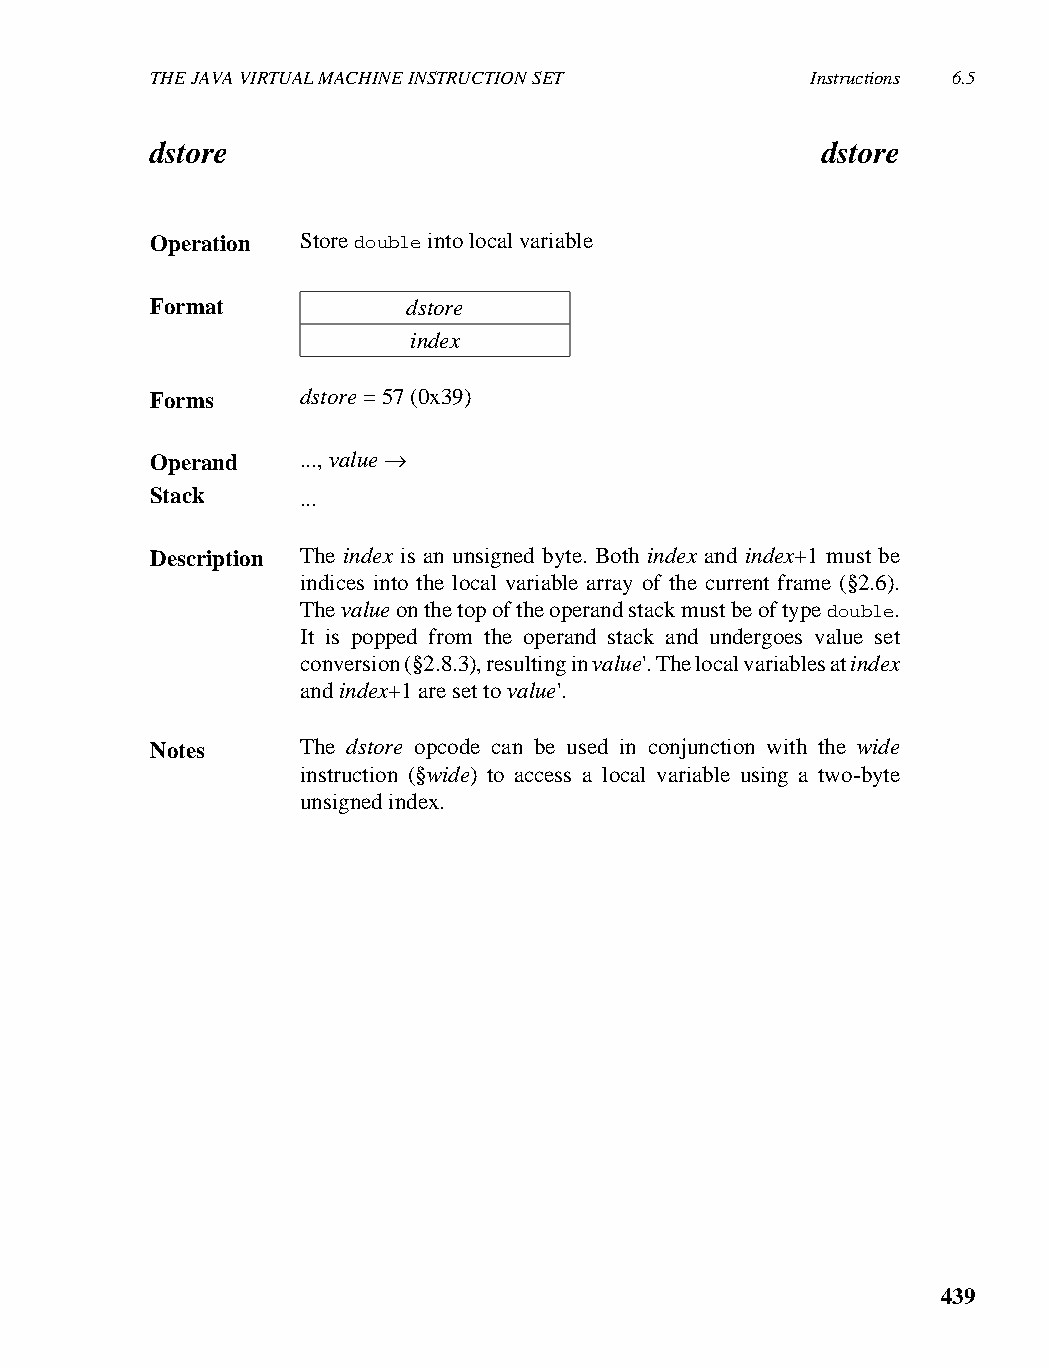
THE JAVA VIRTUAL MACHINE INSTRUCTION SET    Instructions 6.5
 dstore                                      dstore
 Operation Store double into local variable
 Format           dstore
 index
 Forms     dstore = 57 (0x39)
 Operand   ..., value →
 Stack     ...
 Description The index is an unsigned byte. Both index and index+1 must be
 indices into the local variable array of the current frame (§2.6).
 The value on the top of the operand stack must be of type double.
 It is popped from the operand stack and undergoes value set
 conversion (§2.8.3), resulting in value'. The local variables at index
 and index+1 are set to value'.
 Notes     The dstore opcode can be used in conjunction with the wide
 instruction (§wide) to access a local variable using a two-byte
 unsigned index.
 439